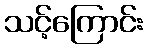
သင့်ကြောင်း